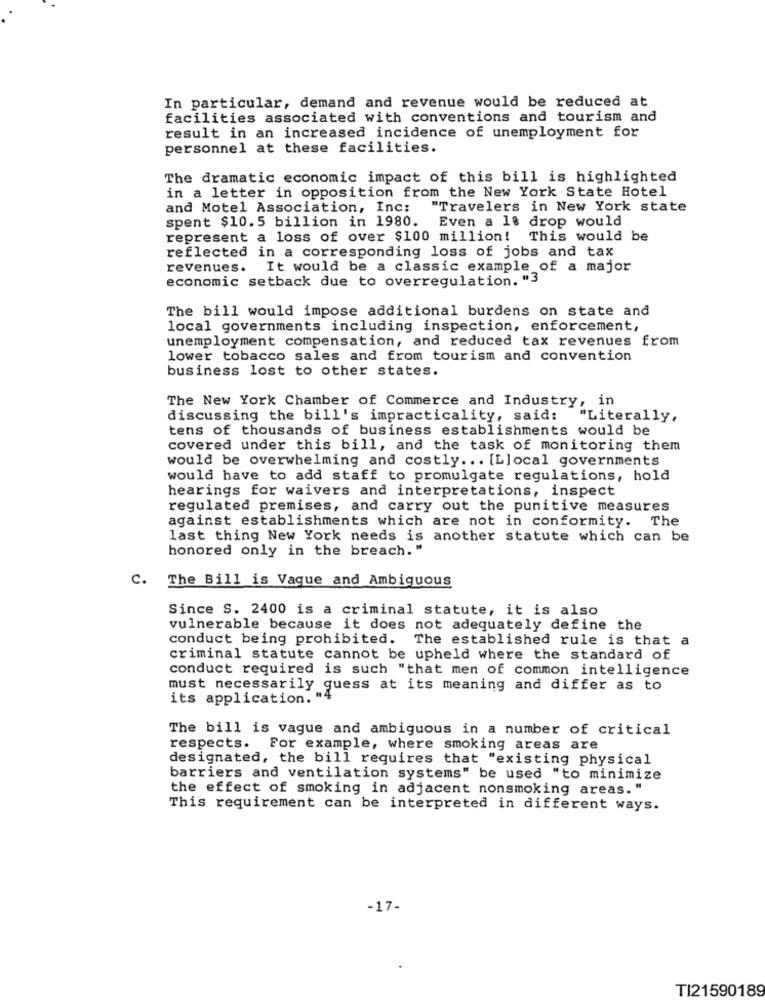
In particular, demand and revenue would be reduced at
facilities associated with conventions and tourism and
result in an increased incidence of unemployment for
personnel at these facilities.
The dramatic economic impact of this bill is highlighted
in a letter in opposition from the New York State Hotel
and Motel Association, Inc:
"Travelers in New York state
spent $10.5 billion in 1980.
Even a l& drop would
represent a loss of over $100 million! This would be
reflected in a corresponding loss of jobs and tax
revenues. It would be a classic example of a major
economic setback due to overregulation. "3
The bill would impose additional burdens on state and
local governments including inspection, enforcement,
unemployment compensation, and reduced tax revenues from
lower tobacco sales and from tourism and convention
business lost to other states.
The New York Chamber of Commerce and Industry, in
discussing the bill's impracticality, said:
"Literally,
tens of thousands of business establishments would be
covered under this bill, and the task of monitoring them
would be overwhelming and costly ... [Llocal governments
would have to add staff to promulgate regulations, hold
hearings for waivers and interpretations, inspect
regulated premises, and carry out the punitive measures
against establishments which are not in conformity. The
last thing New York needs is another statute which can be
honored only in the breach. "
c.
The Bill is Vague and Ambiguous
Since S. 2400 is a criminal statute, it is also
vulnerable because it does not adequately define the
conduct being prohibited. The established rule is that a
criminal statute cannot be upheld where the standard of
conduct required is such "that men of common intelligence
must necessarily guess at its meaning and differ as to
its application. "4
The bill is vague and ambiguous in a number of critical
respects. For example, where smoking areas are
designated, the bill requires that "existing physical
barriers and ventilation systems" be used "to minimize
the effect of smoking in adjacent nonsmoking areas. "
This requirement can be interpreted in different ways.
-17-
TI21590189